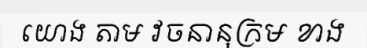
យោង តាម វចនានុក្រម ខាង